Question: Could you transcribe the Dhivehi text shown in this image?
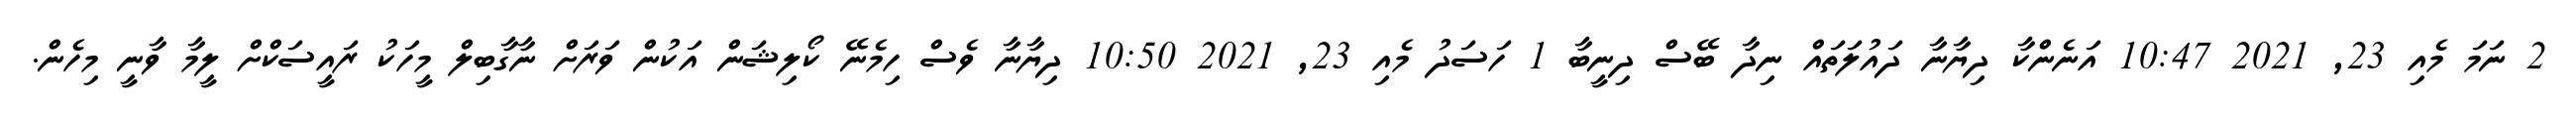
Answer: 2 ނަމަ މެއި 23, 2021 10:47 އަނެންކާ ދިޔާނާ ދައުލަތައް ނިދާ ބޭސް ދިނީބާ 1 ހަސަދު މެއި 23, 2021 10:50 ދިޔާނާ ވެސް ހިމެނޭ ކޯލިޝަން އަކުން ވަރަށް ނާގާބިލް މީހަކު ރައީސަކްށް ލީމާ ވާނީ މިހެން.